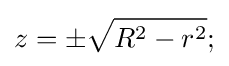
z=\pm {\sqrt {R^{2}-r^{2}}};